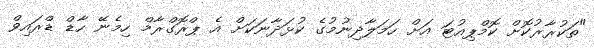
"ތަކުރާރުކޮށް ކޮމްޕިއުޓަ އަށް ހަމަލާދިނުމުގެ ކުޅަދާނަކަށް އެ ޕްރޮގްރާމް ހިމެނޭ ހާޑް ޑްރައިވް